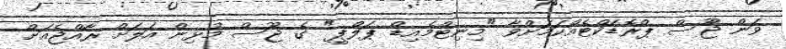
ވަން ޖޫސް ޕްރޮޑަކްޓެއްކަމަށްވާ "މިނިޓްމެއިޑް ޕަލްޕީ" ގެ ޖޫސް މުޅިން އަލަށް ރާއްޖެއަށް